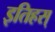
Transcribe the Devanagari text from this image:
इतिहस्